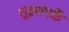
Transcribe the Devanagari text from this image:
शूद्रसंपर्कै